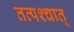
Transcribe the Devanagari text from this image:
तत्‍पश्‍चात्